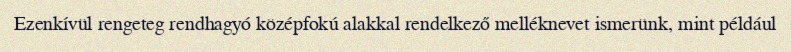
Ezenkívül rengeteg rendhagyó középfokú alakkal rendelkező melléknevet ismerünk, mint például